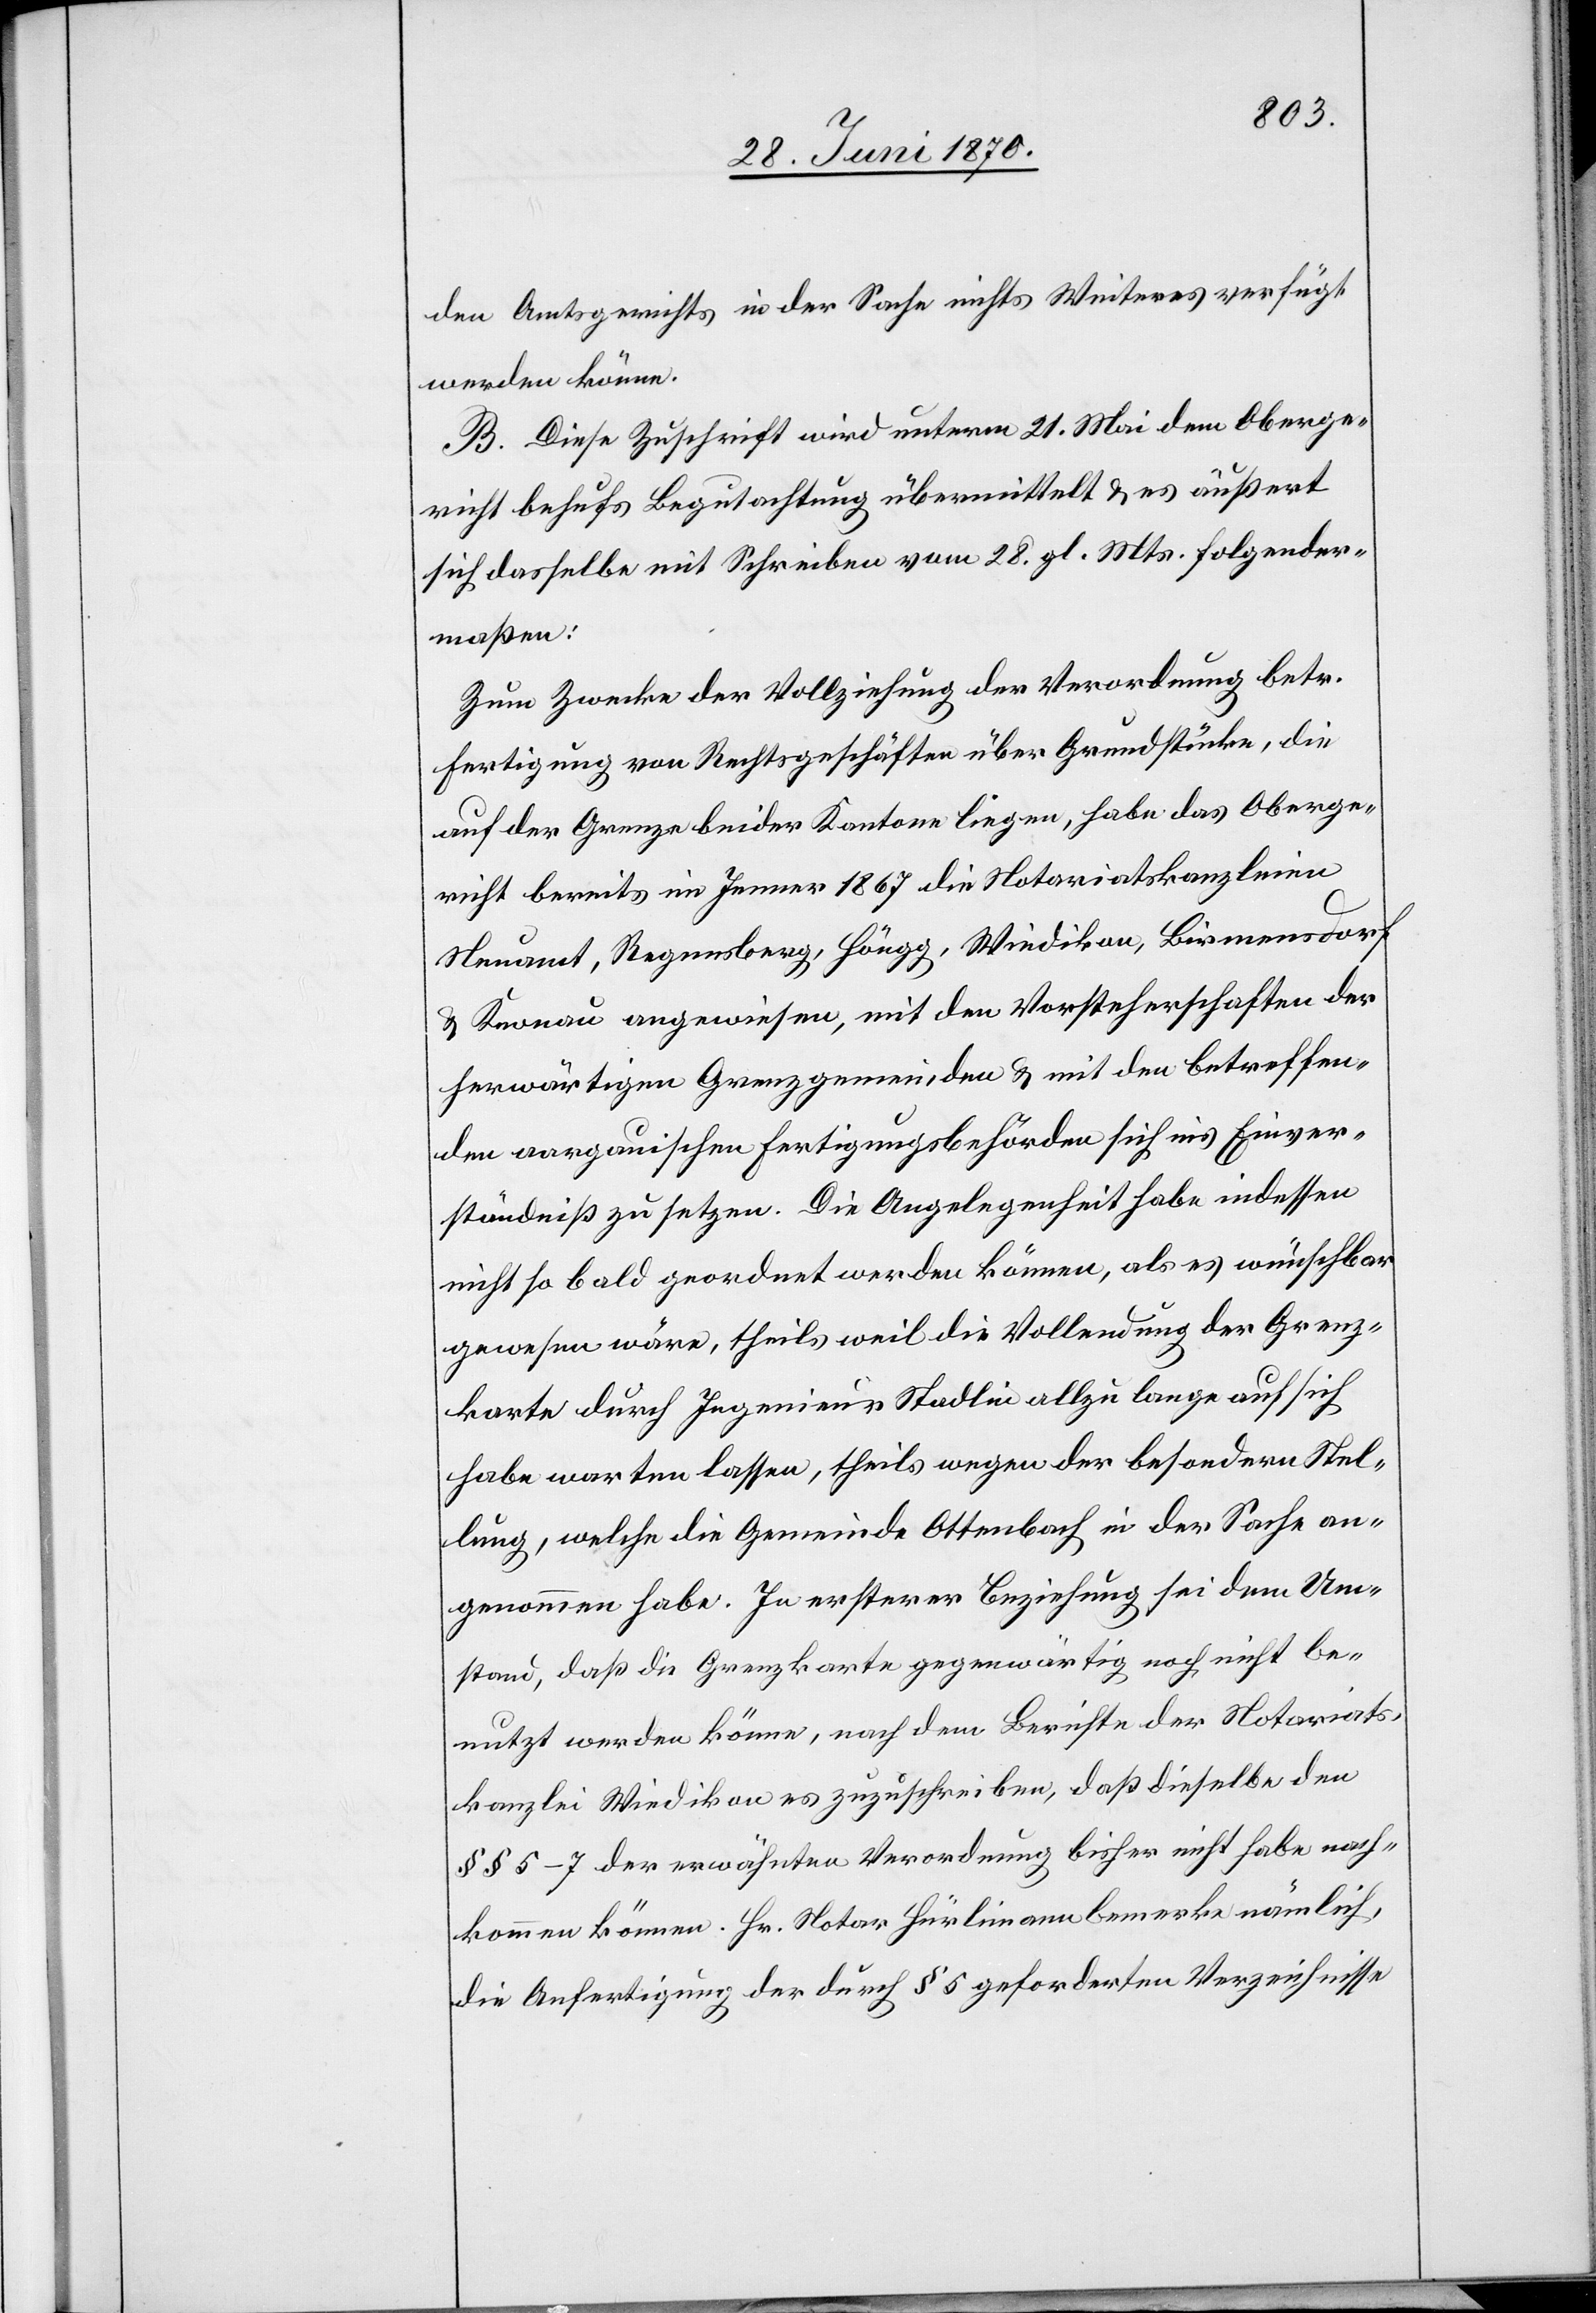
den Amtsgerichts in der Sache nichts Weiteres verfügt
werden könne.
B. Diese Zuschrift wird unterm 21. Mai dem Oberge¬
richt behufs Begutachtung übermittelt & es äußert
sich dasselbe mit Schreiben vom 28. gl. Mts. folgender¬
maßen:
Zum Zwecke der Vollziehung der Verordnung betr.
Fertigung von Rechtsgeschäften über Grundstücke, die
auf der Grenze beider Kantone liegen, habe das Oberge¬
richt bereits im Jenner 1867 die Notariatskanzleien
Neuamt, Regensberg, Höngg, Wiedikon, Birmensdorf
& Knonau angewiesen, mit den Vorsteherschaften der
herwärtigen Grenzgemeinden & mit den betreffen¬
den aargauischen Fertigungsbehörden sich ins Einver¬
ständniß zu setzen. Die Angelegenheit habe indessen
nicht so bald geordnet werden können, als es wünschbar
gewesen wäre, theils weil die Vollendung der Grenz¬
karte durch Ingenieur Stadlin allzu lange auf sich
habe warten lassen, theils wegen der besondern Stel¬
lung, welche die Gemeinde Ottenbach in der Sache an¬
genommen habe. In ersterer Beziehung sei dem Um¬
stand, daß die Grenzkarte gegenwärtig noch nicht be¬
nutzt werden könne, nach dem Bericht der Notariats¬
kanzlei Wiedikon es zuzuschreiben, daß dieselbe den
§§ 5–7 der erwähnten Verordnung bisher nicht habe nach¬
kommen können. Hr. Notar Hürlimann bemerke nämlich,
die Anfertigung der durch § 5 geforderten Verzeichnisse